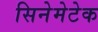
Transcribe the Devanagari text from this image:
सिनेमेटेक